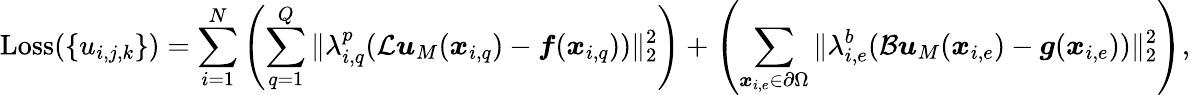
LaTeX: \mathrm{Loss}(\{ u_{i,j,k}\} )=\sum_{i=1}^{N}\left(\sum_{q=1}^{Q}\| \lambda_{i,q}^{p}(\mathcal{L}\boldsymbol{u}_{M}(\boldsymbol{x}_{i,q})-\boldsymbol{f}(\boldsymbol{x}_{i,q}))\| _{2}^{2}\right)+\left(\sum_{\boldsymbol{x}_{i,e}\in\partial\Omega}\| \lambda_{i,e}^{b}(\mathcal{B}\boldsymbol{u}_{M}(\boldsymbol{x}_{i,e})-\boldsymbol{g}(\boldsymbol{x}_{i,e}))\| _{2}^{2}\right),